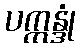
ပက္ကန္ဒုံ